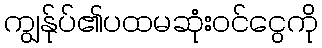
ကျွန်ုပ်၏ပထမဆုံးဝင်ငွေကို